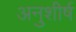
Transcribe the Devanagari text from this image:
अनुशीर्ष